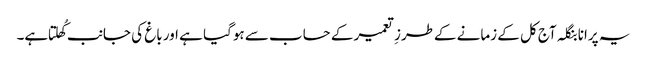
یہ پرانا بنگلہ آج کل کے زمانے کےطرزِ تعمیر کے حساب سے ہوگیا ہے اور باغ کی جانب کُھلتا ہے۔